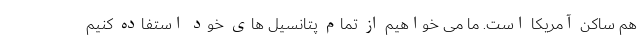
هم ساکن آمریکا است. ما می خواهیم از تمام پتانسیل های خود استفاده کنیم